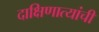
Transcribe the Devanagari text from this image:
दाक्षिणात्यांची